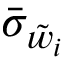
\bar { \sigma } _ { \Tilde { w } _ { i } }